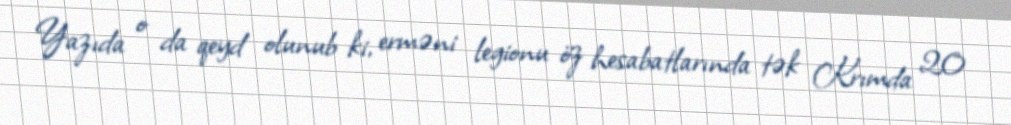
Yazıda o da qeyd olunub ki, erməni legionu öz hesabatlarında tək Krımda 20